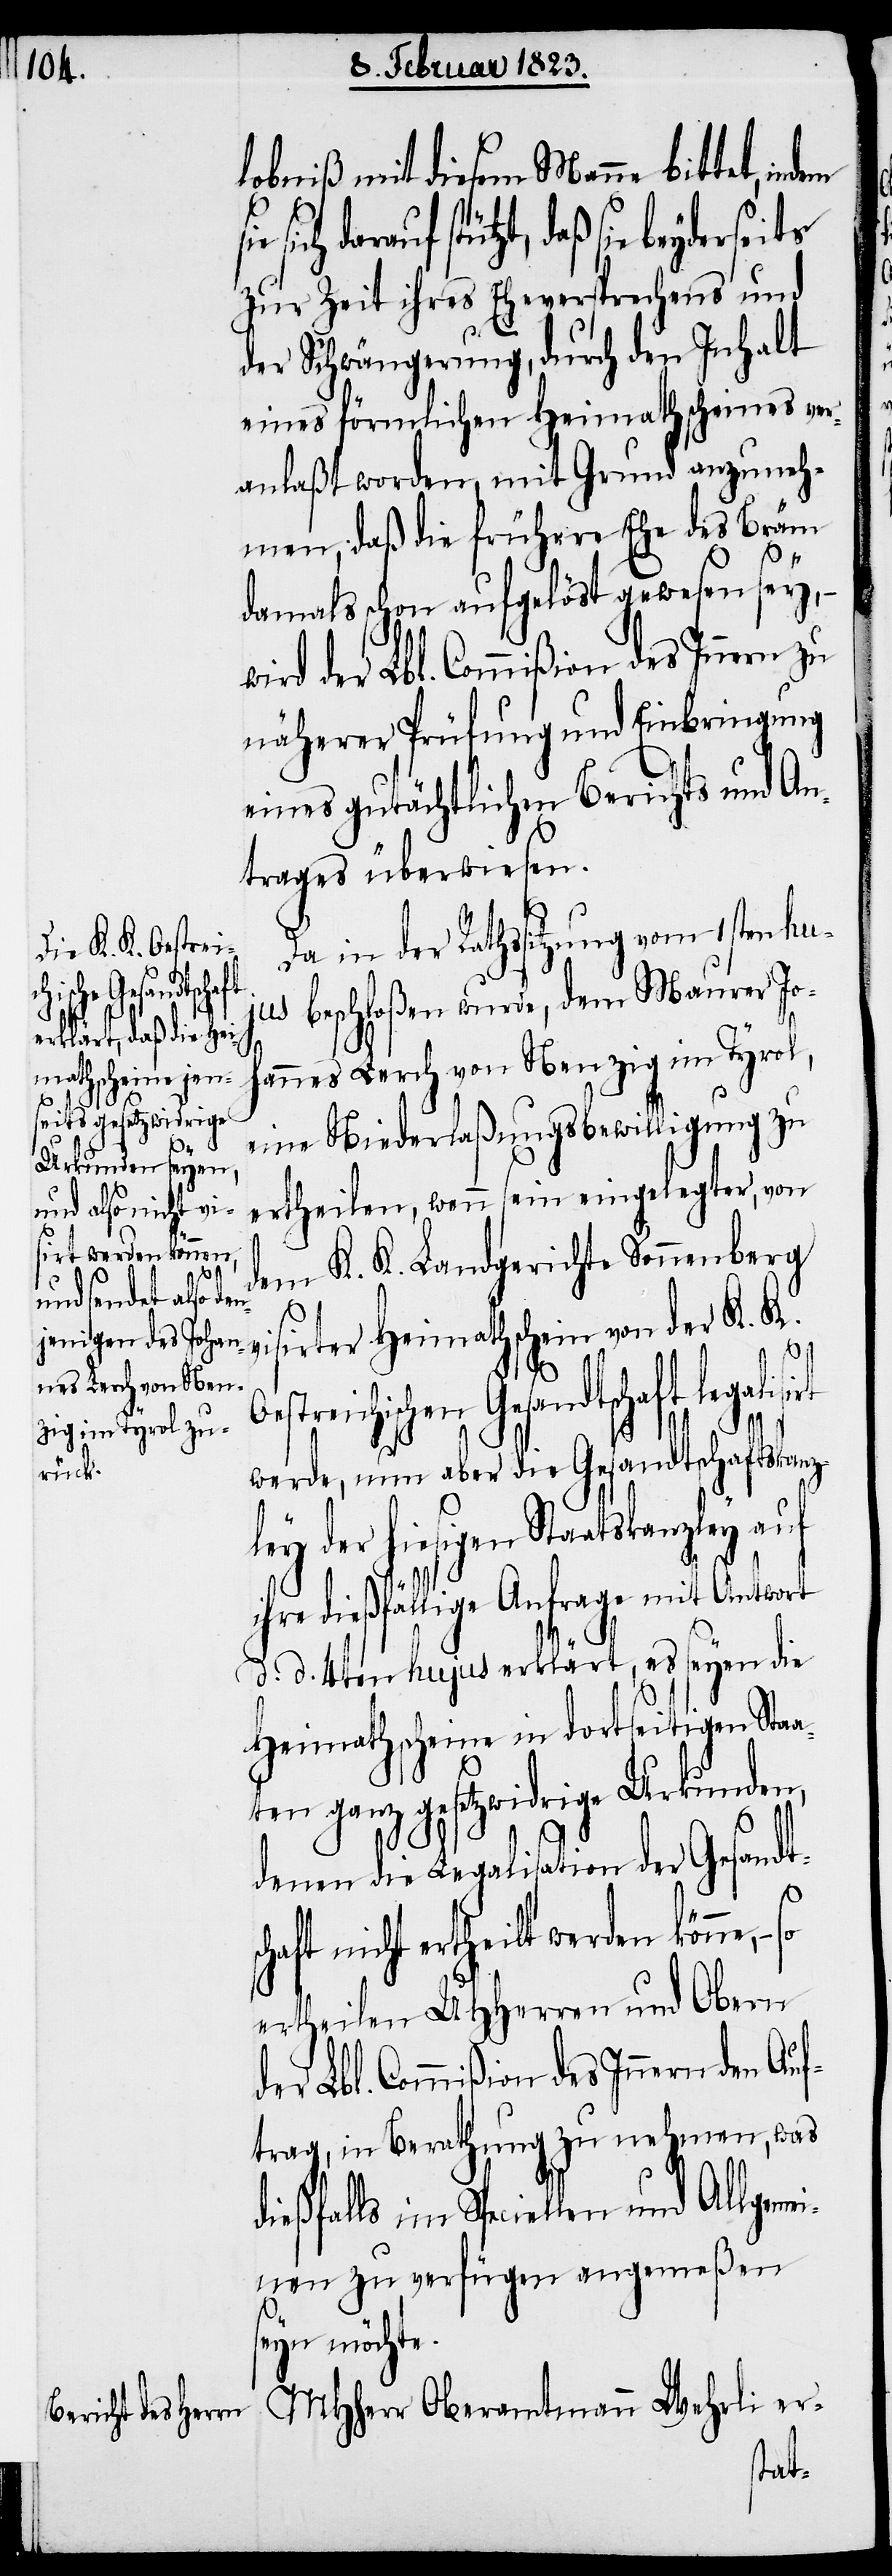
der
t werden könne,
–

lobniß mit diesem Manne bittet, in¬
schaft nicht ertheil¬
zur Zeit ihres Eheversprechens und
der Schwängerung, durch den Inhalt
eines förmlichen Heimathscheines ver¬
anlaßt worden, mit Grund anzuneh¬
men, daß die frühere Ehe des Bräm
damals schon aufgelöst gewesen sey,
wird der Lbl. Commißion des Innern zu
näherer Prüfung und Einbringung
eines gutächtlichen Berichts und An¬
trages überwiesen.
der Rathssitzung vom 1sten hu¬
jus beschloßen wurde, dem Maurer Jo¬
hannes Lerch von Nenzig im Tyrol,
eine Niederlaßungsbewilligung zu
ertheilen, wenn sein eingelegter, von
dem K. K. Landgerichte Sonnenberg
so
visirter Heimathschein von der K. K.
Oestreichischen Gesandtschaft legalisirt
werde, nun aber die Gesandtschaftskanz¬
hiesigen Staatskanzley
ihre dießfällige Anfrage mit Antwort
d. d. 4ten hujus erklärt, es seyen die
Heimathscheine in dortseitigen Staa¬
ten ganz gesetzwidrige Urkunden,
denen die Legalisation der Gesandt¬
ertheilen UHHerren und Obern
der Lbl. Commißion des Innern den Auf¬
trag, in Berathung zu nehmen, was
dießfalls im Speciellen und Allgeme¬
inen zu verfügen angemeßen
seyn möchte.
MHherr Oberamtmann Wehrli er-